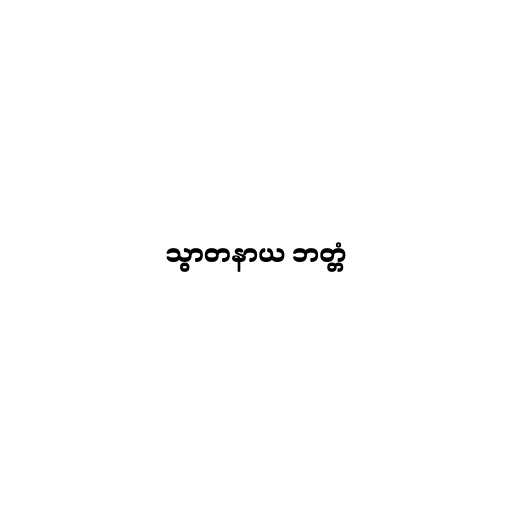
သွာတနာယ ဘတ္တံ